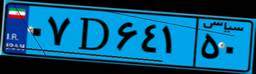
۸۴D۷۰۴۷۸